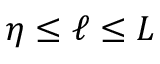
\begin{array} { r } { \eta \le { \ell } \le { L } } \end{array}